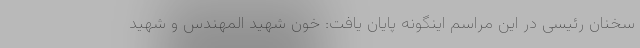
سخنان رئیسی در این مراسم اینگونه پایان یافت: خون شهید المهندس و شهید